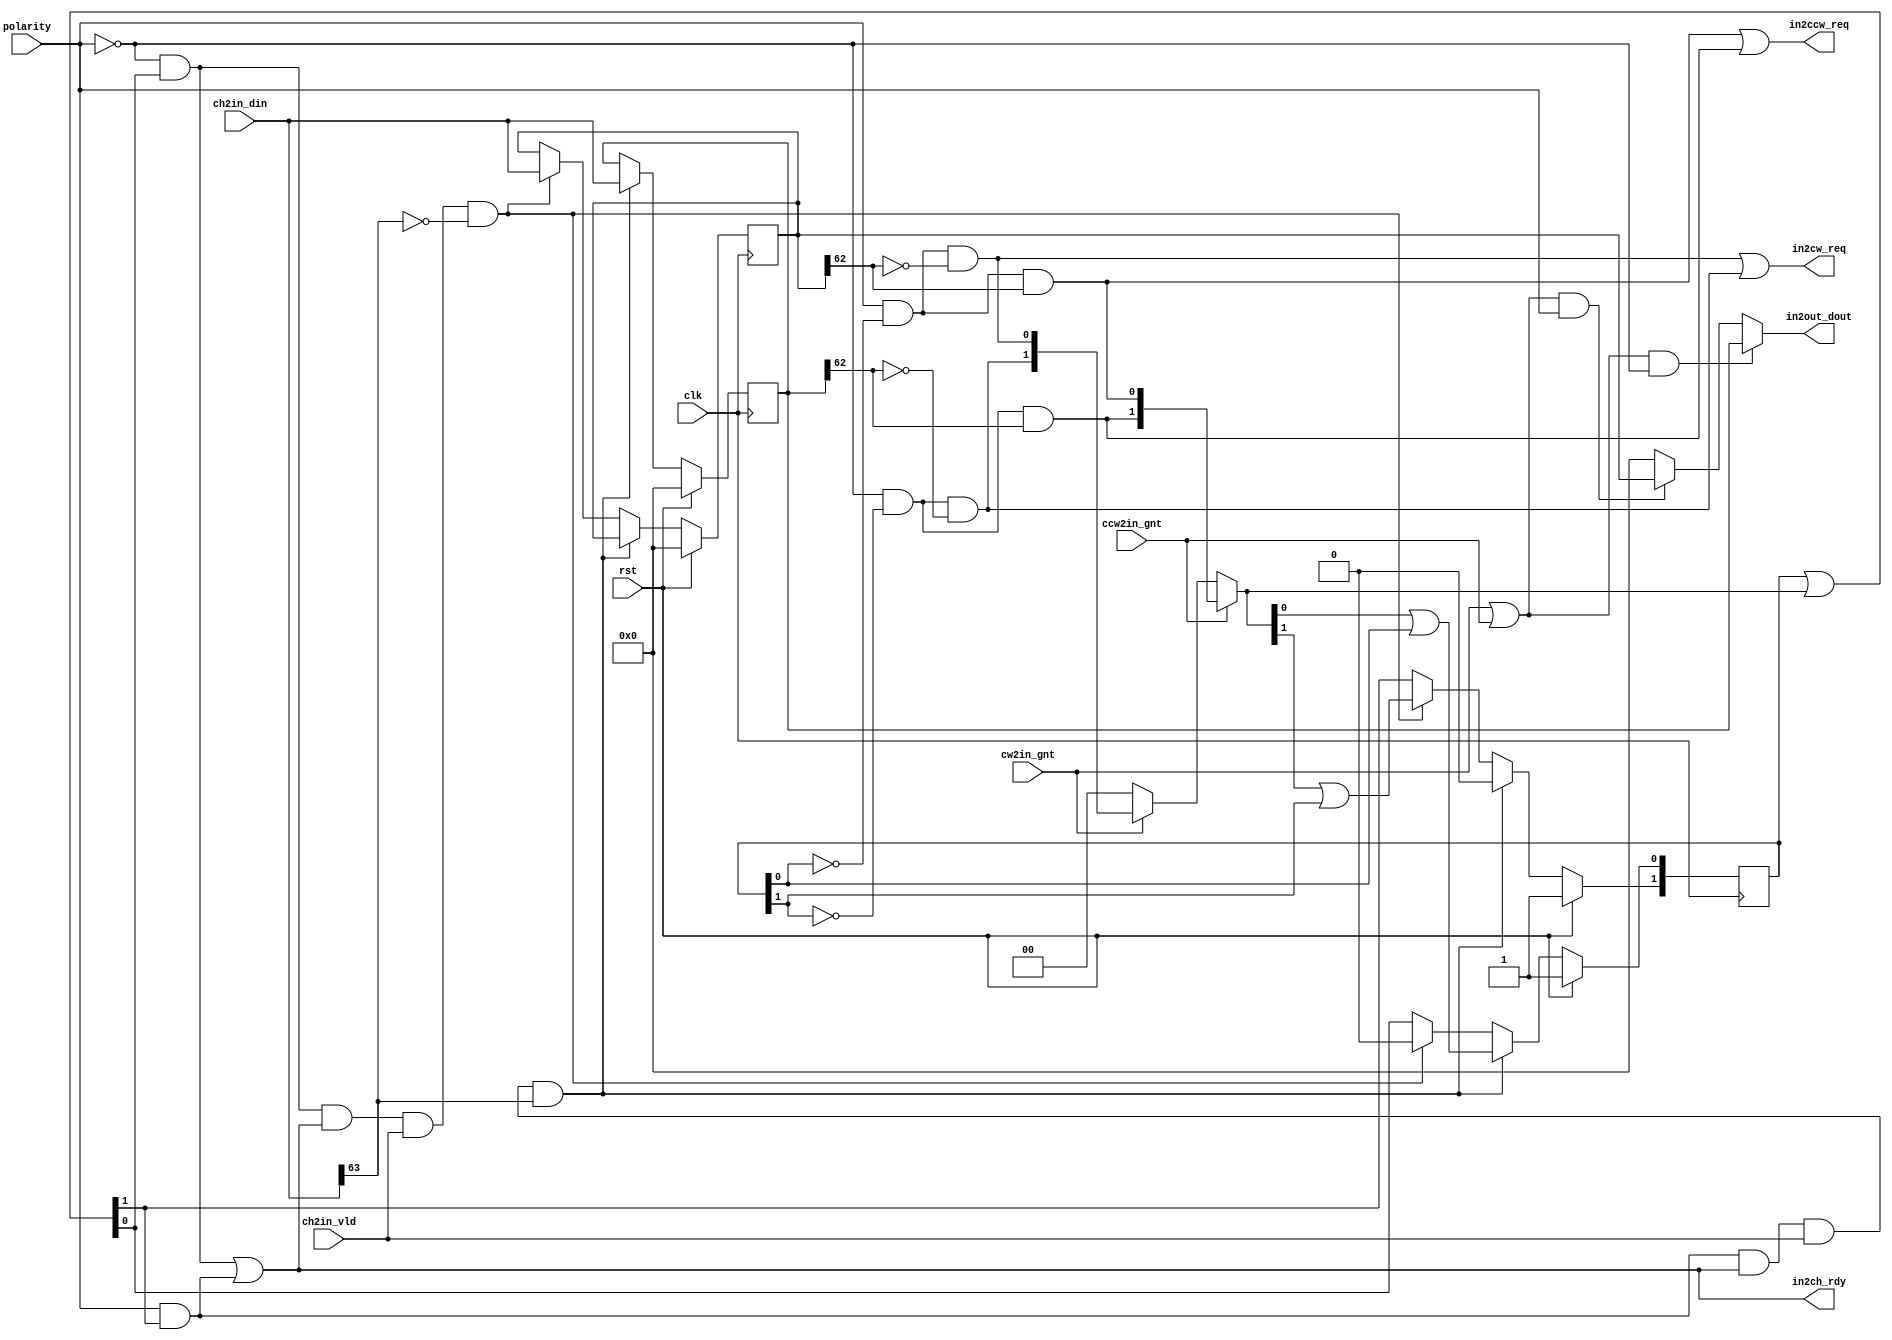
module ROUTER_INPUT_CTRL (
    input                   clk,    // Clock
    input                   rst,
    input                   polarity,
    input[63:0]             ch2in_din,
    input                   ch2in_vld,
    output                  in2ch_rdy,
    output                  in2cw_req,
    output                  in2ccw_req,
    input                   cw2in_gnt,
    input                   ccw2in_gnt,
    output[63:0]            in2out_dout
);

    reg[63:0]               in_buffer[0:1];
    reg[1:0]                in_buffer_empty;
    reg[1:0]                in_buffer_will_empty;
    wire[1:0]               in_buffer_en;

    assign in_buffer_en = in_buffer_empty | in_buffer_will_empty;

    assign in2ch_rdy = ((~polarity) && in_buffer_en[0]) || (polarity && in_buffer_en[1]);

    always@(posedge clk) begin
        if(rst) begin
            in_buffer_empty <= 2'b11;
        end
        else if(polarity && in_buffer_en[1] && in2ch_rdy && ch2in_vld && ch2in_din[63]) begin
            in_buffer_empty[1] <= 1'b0;
            in_buffer_empty[0] <= in_buffer_will_empty[0]|in_buffer_empty[0];
        end
        else if((~polarity) && in_buffer_en[0] && in2ch_rdy && ch2in_vld && (~ch2in_din[63])) begin
            in_buffer_empty[0] <= 1'b0;
            in_buffer_empty[1] <= in_buffer_will_empty[1]|in_buffer_empty[1];
        end
        else begin
            in_buffer_empty <= in_buffer_empty|in_buffer_will_empty;
        end
    end

    always@(posedge clk) begin
        if(rst) begin
            in_buffer[0] = 64'b0;
            in_buffer[1] = 64'b0;
        end
        else if(polarity && in_buffer_en[1] && in2ch_rdy && ch2in_vld && ch2in_din[63]) begin
            in_buffer[1] <= ch2in_din;
        end
        else if((~polarity) && in_buffer_en[0] && in2ch_rdy && ch2in_vld && (~ch2in_din[63])) begin
            in_buffer[0] <= ch2in_din;
        end
    end

    assign in2cw_req_even   = (polarity && (~in_buffer_empty[0]) && (~in_buffer[0][62]));
    assign in2cw_req_odd    = ((~polarity) && (~in_buffer_empty[1]) && (~in_buffer[1][62]));
    assign in2cw_req        = in2cw_req_even || in2cw_req_odd;

    assign in2ccw_req_even  = (polarity && (~in_buffer_empty[0]) && (in_buffer[0][62])) ;
    assign in2ccw_req_odd   = ((~polarity) && (~in_buffer_empty[1]) && (in_buffer[1][62]));
    assign in2ccw_req       = in2ccw_req_even || in2ccw_req_odd;

    always@(*) begin
        in_buffer_will_empty = 2'b00;
        if(ccw2in_gnt) begin
            in_buffer_will_empty = {in2ccw_req_odd,in2ccw_req_even};
        end
        else if(cw2in_gnt) begin
            in_buffer_will_empty = {in2cw_req_odd,in2cw_req_even};
        end
    end

    assign gnt_ind = cw2in_gnt || ccw2in_gnt;

    assign in2out_dout = (gnt_ind && (~polarity)) ? in_buffer[1] : 
                         (gnt_ind &&  polarity)   ? in_buffer[0] : 64'b0;

endmodule